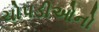
ચોપડીઓનો